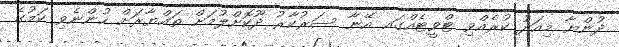
ދުންޔާ މިއަދު ކުރެއްވި ޓްވީޓެއްގައ އޭނާ ސަރުކާރު ދޫކޮށްލުމަށް ތައްޔާރަށް ހުންނެވި ކަމުގެ